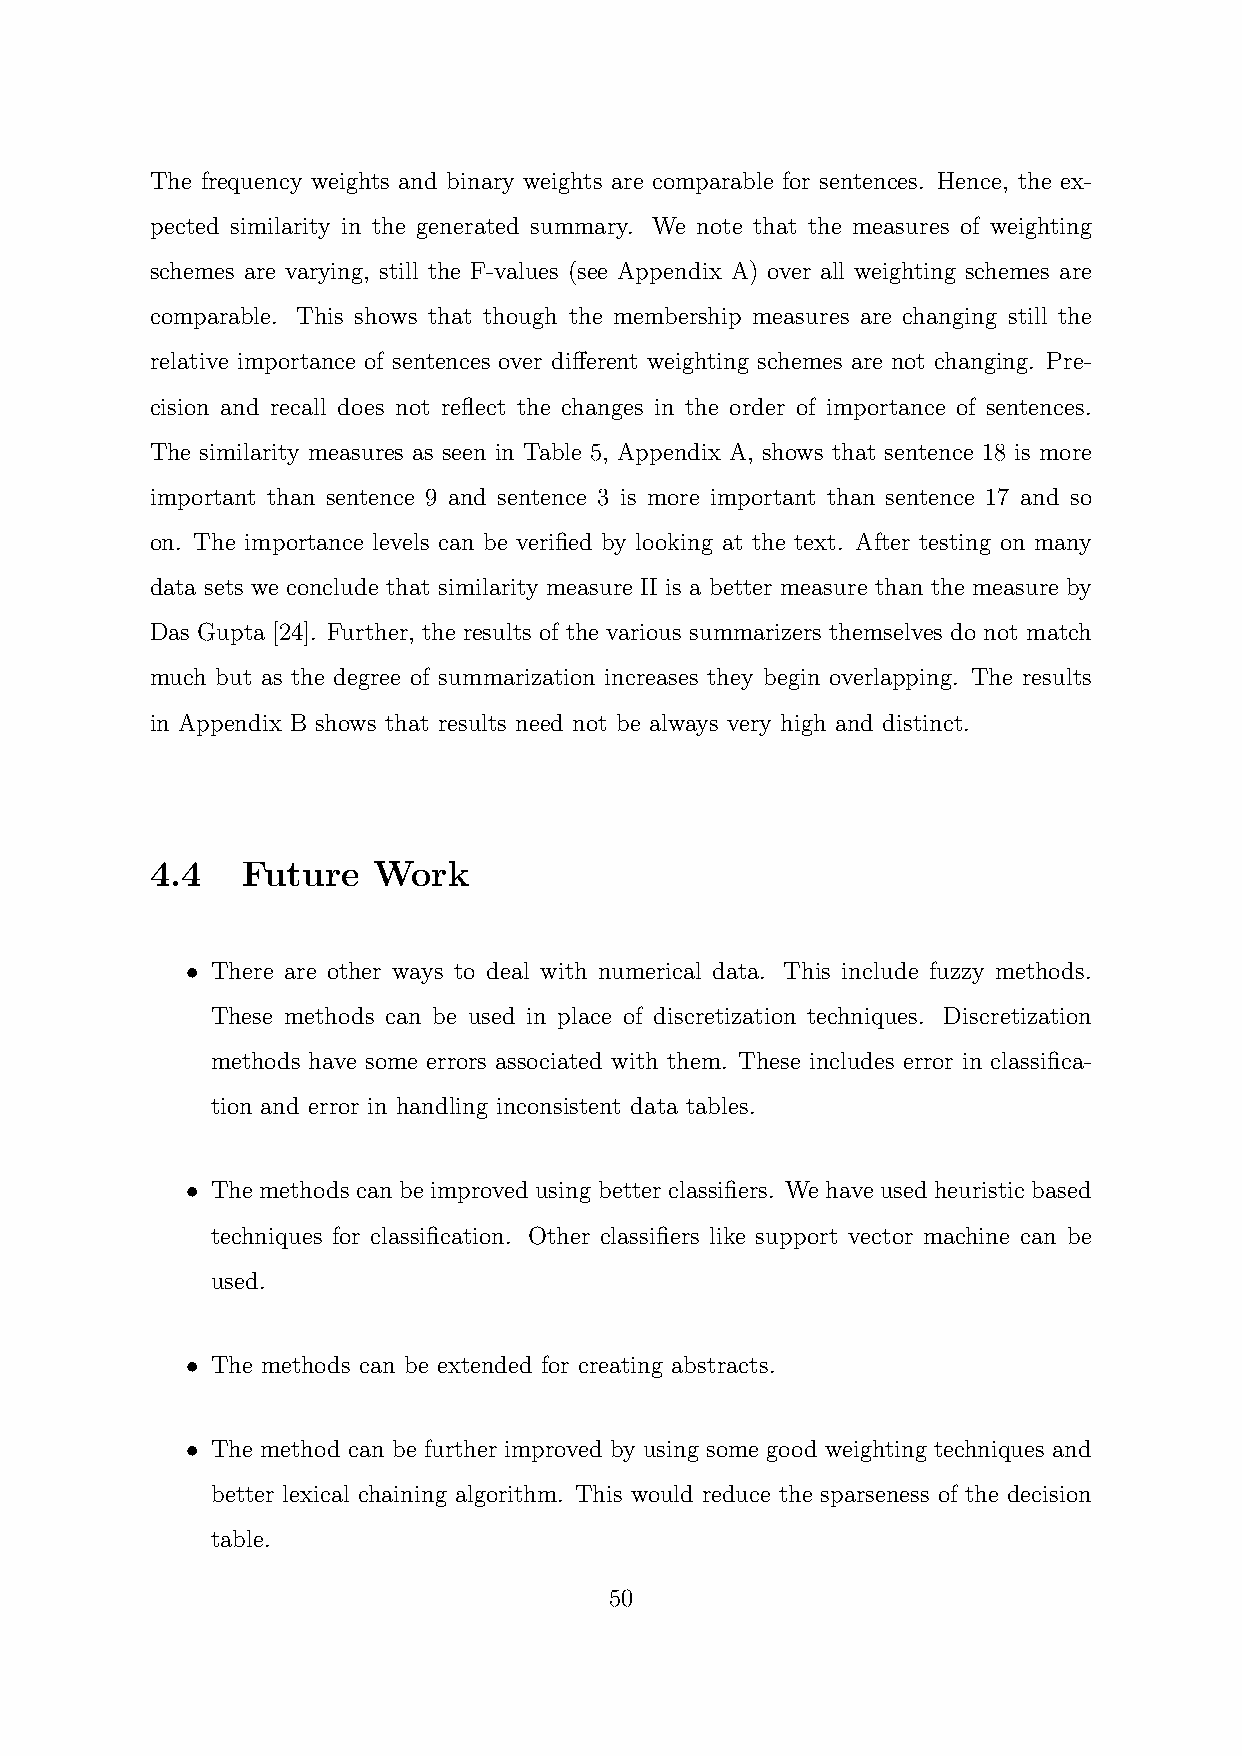
The frequency weights and binary weights are comparable for sentences. Hence, the ex-
 pected similarity in the generated summary. We note that the measures of weighting
 schemes are varying, still the F-values (see Appendix A) over all weighting schemes are
 comparable. This shows that though the membership measures are changing still the
 relative importance of sentences over different weighting schemes are not changing. Pre-
 cision and recall does not reflect the changes in the order of importance of sentences.
 The similarity measures as seen in Table 5, Appendix A, shows that sentence 18 is more
 important than sentence 9 and sentence 3 is more important than sentence 17 and so
 on. The importance levels can be verified by looking at the text. After testing on many
 data sets we conclude that similarity measure II is a better measure than the measure by
 Das Gupta [24]. Further, the results of the various summarizers themselves do not match
 much but as the degree of summarization increases they begin overlapping. The results
 in Appendix B shows that results need not be always very high and distinct.
 4.4   Future   Work
 • There are other ways to deal with numerical data. This include fuzzy methods.
 These methods can be used in place of discretization techniques. Discretization
 methods have some errors associated with them. These includes error in classifica-
 tion and error in handling inconsistent data tables.
 • The methods can be improved using better classifiers. We have used heuristic based
 techniques for classification. Other classifiers like support vector machine can be
 used.
 • The methods can be extended for creating abstracts.
 • The method can be further improved by using some good weighting techniques and
 better lexical chaining algorithm. This would reduce the sparseness of the decision
 table.
 50